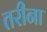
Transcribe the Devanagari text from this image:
तरीना